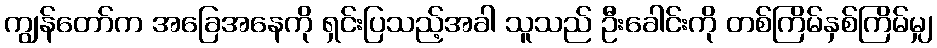
ကျွန်တော်က အခြေအနေကို ရှင်းပြသည့်အခါ သူသည် ဦးခေါင်းကို တစ်ကြိမ်နှစ်ကြိမ်မျှ